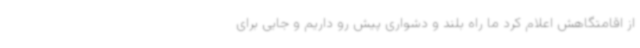
از اقامتگاهش اعلام کرد ما راه بلند و دشواری پیش رو داریم و جایی برای